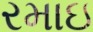
રમાઇ